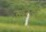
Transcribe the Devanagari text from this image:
क्र्स्नुती